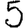
Digit: 5